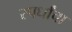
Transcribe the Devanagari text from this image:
स्पर्धांंचा